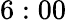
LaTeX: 6:00